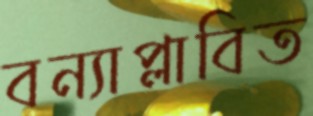
বন্যাপ্লাবিত